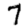
Digit: 7